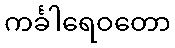
ကင်္ခါရေဝတော